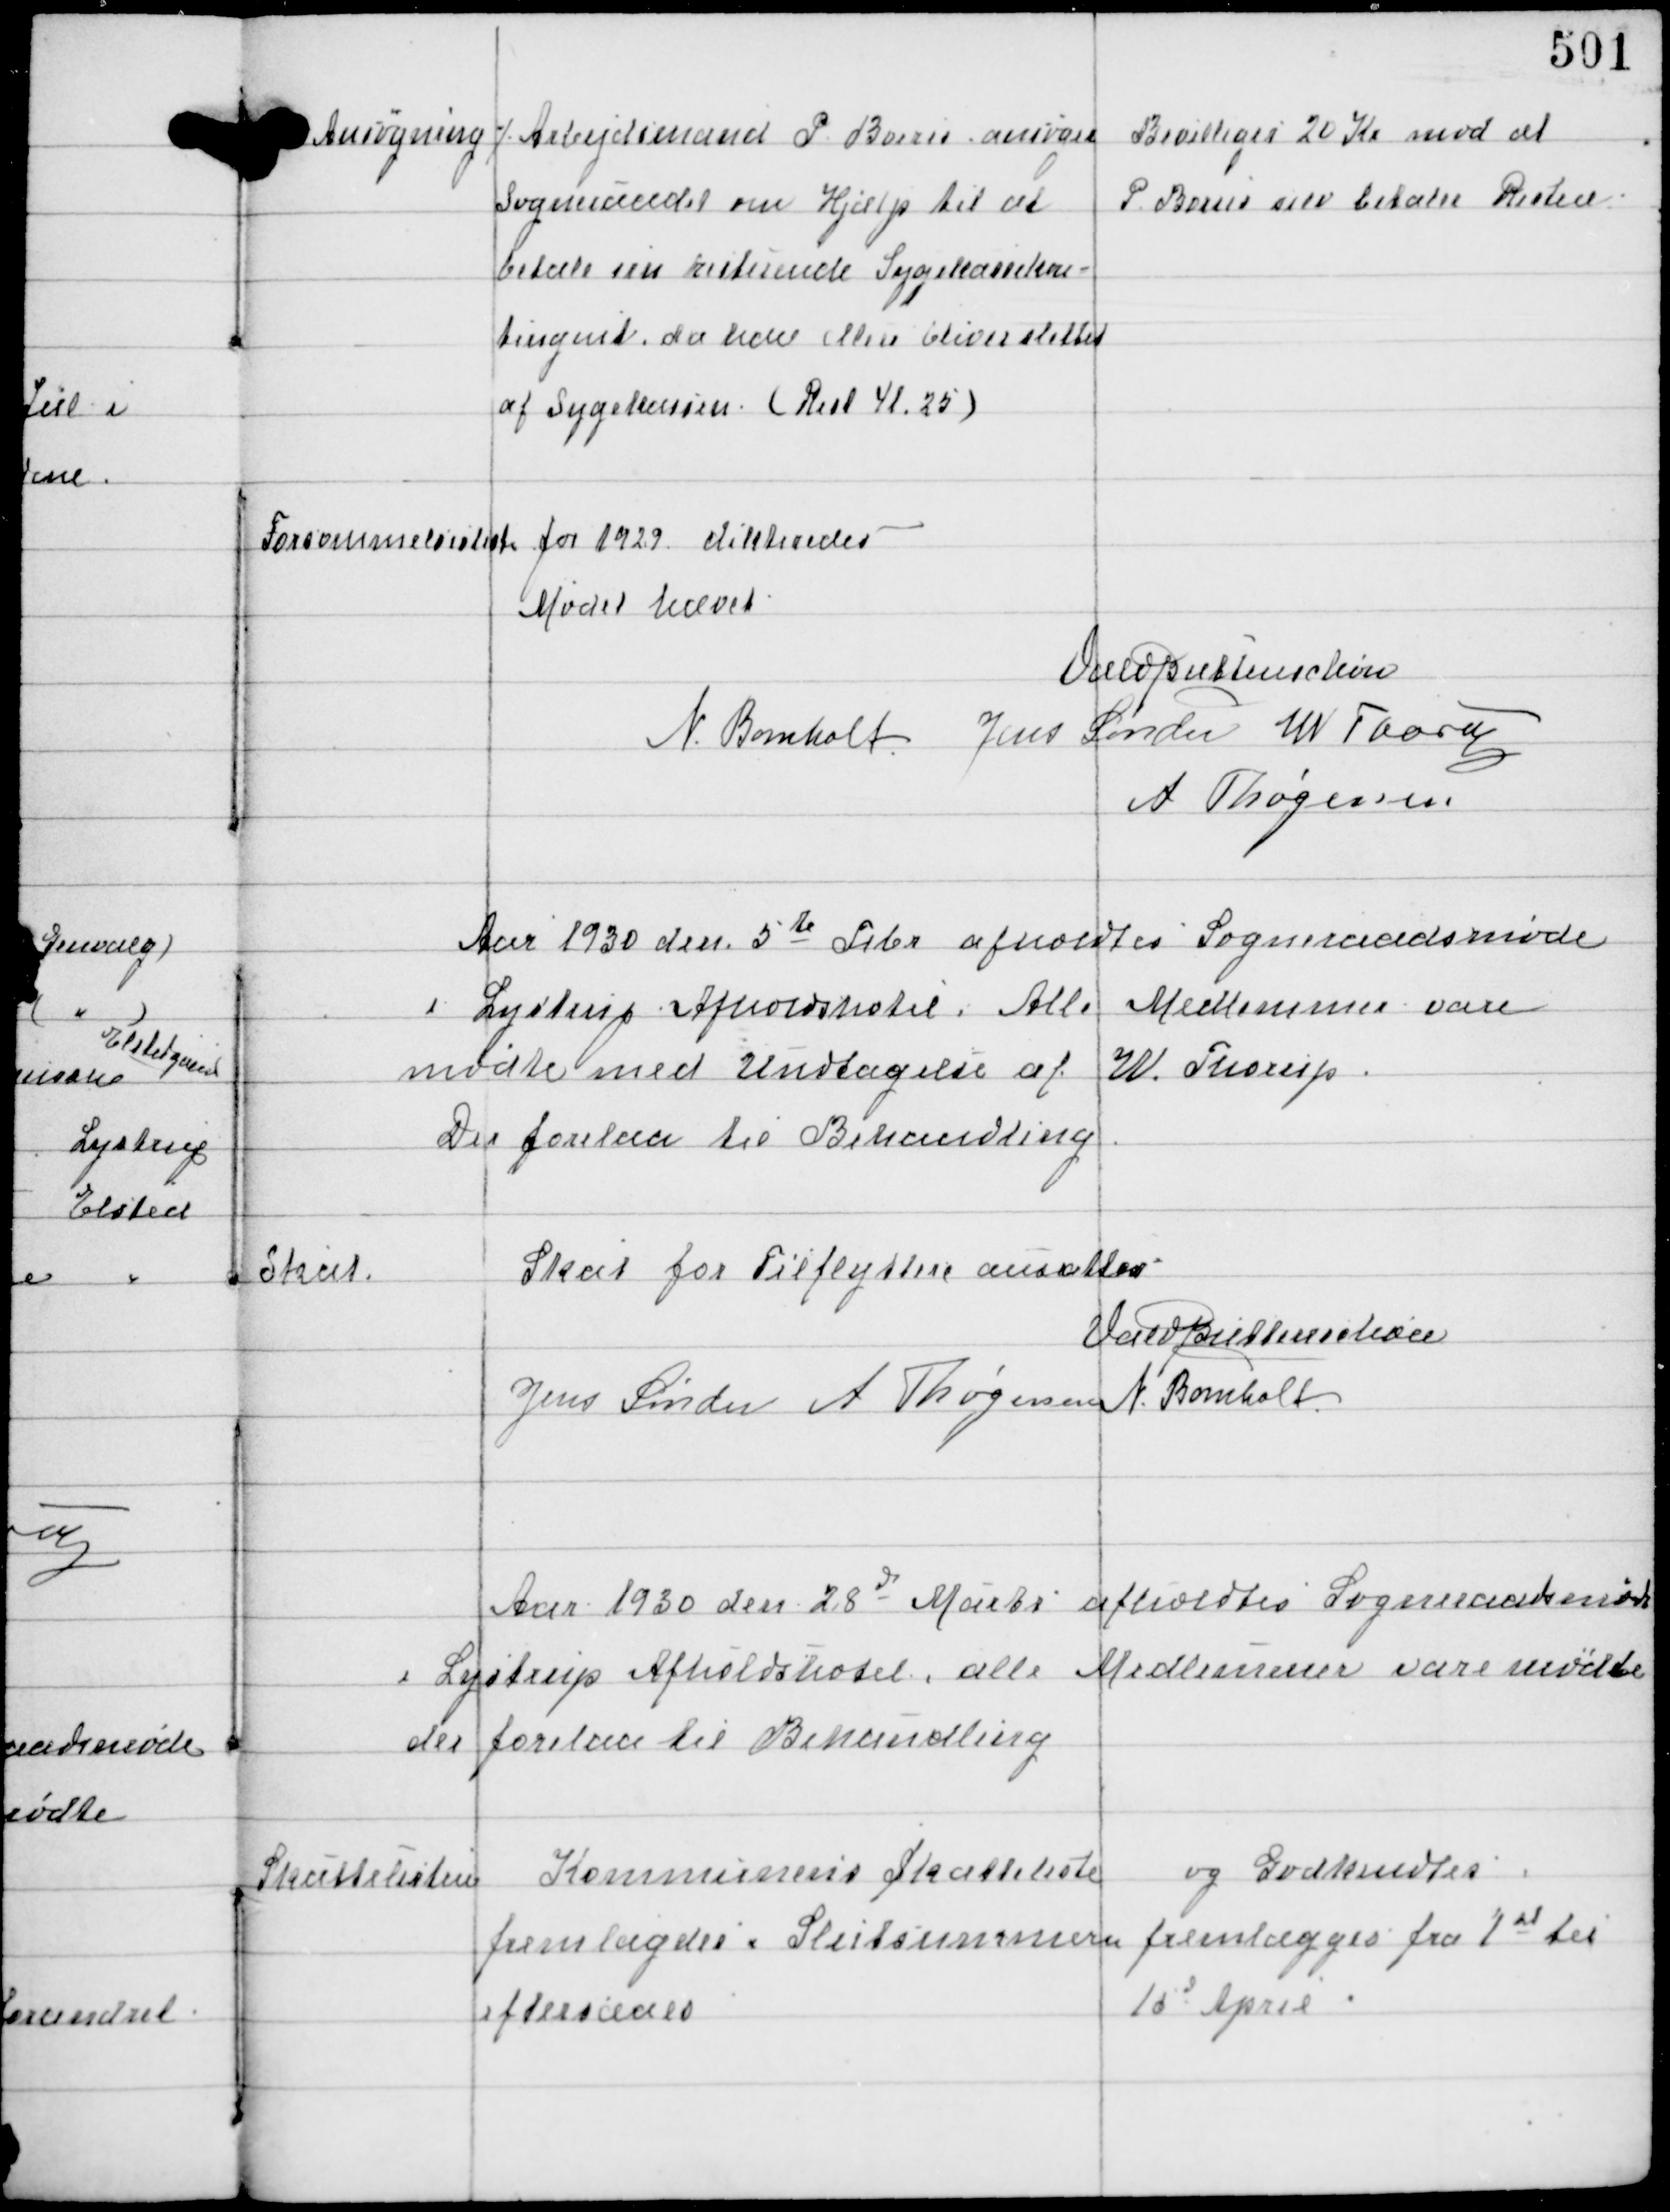
Transskription:
Ansøgning ⁒

Arbejdsmand P. Borzir ansøger
Sogneraadet om Hjælp til at
betale sin resterende Sygekassekon-
tingent, da han ellers bliver slettet
af Sygekassen. (Rest 41,25)

Bevilliges 20 Kr mod at
P Borzir selv betaler Resten

Forsømmelsesliste for 1929 dikteredes

Mødet hævet

Vald Buttenschøn
N Bomholt Jens Sønder W Thorup
A Thøgersen

Aar 1930 den 5te Febr afholdtes Sogneraadsmøde
i Lystrup Afholdshotel. Alle Medlemmer vare
mødte med Undtagelse af W Thorup
Der foreaa til Behandling

Skat.

Skat for Tilflyttere ansattes.

Vald Buttenschøn
Jens Sønder A Thøgersen N. Bomholt

Aar 1930 den 28d Marts afholdtes Sogneraadsmøde
i Lystrup Afholdshotel, alle Medlemmer vare mødte
der forelaa til Behandling

Skattelisten

Kommunens Skatteliste
fremlagdes. Slutsummen
eftersaaes
og Godkendtes
fremlægges fra 1st til
10d April